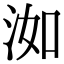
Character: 洳